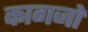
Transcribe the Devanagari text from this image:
कागजाें